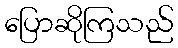
ပြောဆိုကြသည်